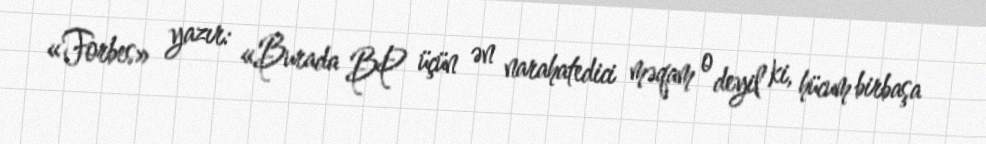
«Forbes» yazır: «Burada BP üçün ən narahatedici məqam o deyil ki, hücum birbaşa